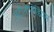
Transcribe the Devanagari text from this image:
स्टीनोपोडियम